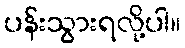
ပန်းသွားရလို့ပါ။